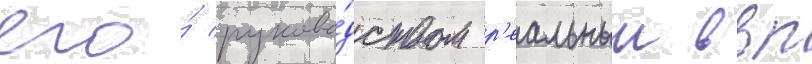
его́ руково́дством р'еальныи ввп